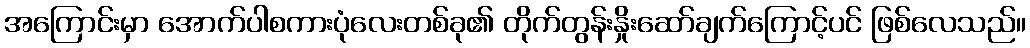
အကြောင်းမှာ အောက်ပါစကားပုံလေးတစ်ခု၏ တိုက်တွန်းနှိုးဆော်ချက်ကြောင့်ပင် ဖြစ်လေသည်။